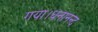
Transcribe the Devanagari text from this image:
गया।धनानन्द